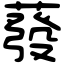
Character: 蕟